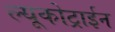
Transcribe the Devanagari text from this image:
ल्यूकोट्राईन